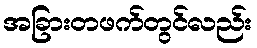
အခြားတဖက်တွင်လည်း